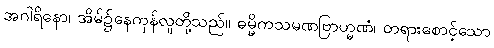
အဂါရိနော၊ အိမ်၌နေကုန်လူတို့သည်။ ဓမ္မိကသမဏဗြာဟ္မဏံ၊ တရားစောင့်သော